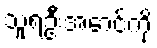
သူရဦးအောင်ကို